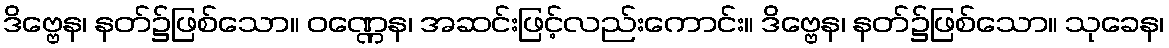
ဒိဗ္ဗေန၊ နတ်၌ဖြစ်သော။ ဝဏ္ဏေန၊ အဆင်းဖြင့်လည်းကောင်း။ ဒိဗ္ဗေန၊ နတ်၌ဖြစ်သော။ သုခေန၊